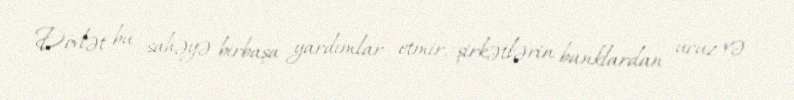
Dövlət bu sahəyə birbaşa yardımlar etmir, şirkətlərin banklardan ucuz və